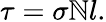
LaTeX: \tau=\sigma\mathbb{N}l.